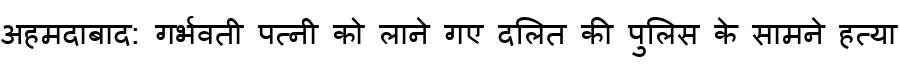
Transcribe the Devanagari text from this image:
अहमदाबाद: गर्भवती पत्नी को लाने गए दलित की पुलिस के सामने हत्या